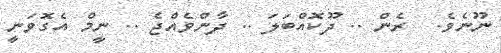
ނޫނެވެ.  ރެން .. ދޫކޮއްބަލަ .. ދާންވެއްޖެ .. ނީމް އެގޮވަނީ